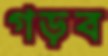
গড়ব